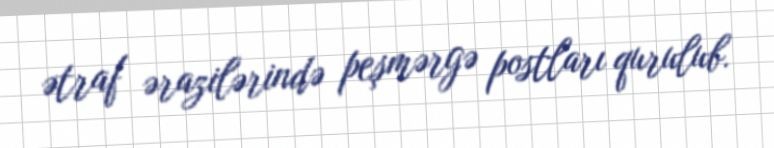
ətraf ərazilərində peşmərgə postları qurulub.